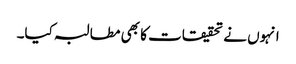
انہوں نے تحقیقات کا بھی مطالبہ کیا۔